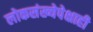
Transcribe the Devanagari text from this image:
लोकसंख्येपेक्षाही